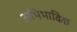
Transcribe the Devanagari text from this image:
अभिभाविक